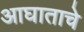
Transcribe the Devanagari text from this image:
आघाताचे